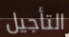
التأجيل